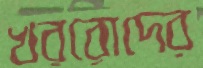
খররোদের